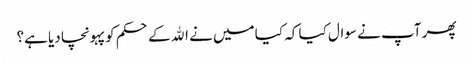
پھر آپ نے سوال کیا کہ کیا میں نے الله کے حکم کو پہونچا دیا ہے؟